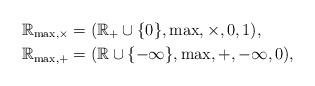
LaTeX: \begin{align*}\mathbb{R}_{\max,\times}&=(\mathbb{R}_{+}\cup\{0\},\max,\times,0,1),\\\mathbb{R}_{\max,+}&=(\mathbb{R}\cup\{-\infty\},\max,+,-\infty,0),\end{align*}